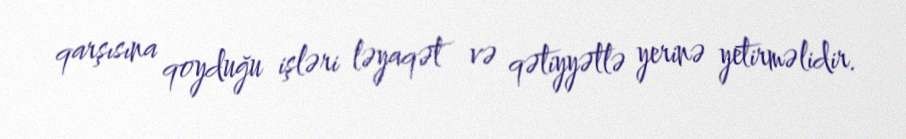
qarşısına qoyduğu işləri ləyaqət və qətiyyətlə yerinə yetirməlidir.